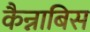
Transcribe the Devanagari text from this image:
कैन्नाबिस